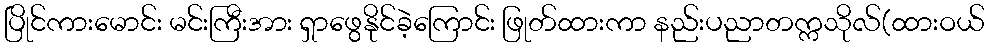
ပြိုင်ကားမောင်း မင်းကြီးအား ရှာဖွေနိုင်ခဲ့ကြောင်း ဖြုတ်ထားကာ နည်းပညာတက္ကသိုလ်(ထားဝယ်